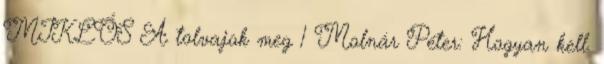
MIKLÓS A tolvajok meg 1 Molnár Péter: Hogyan kell.